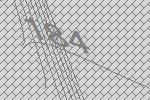
184